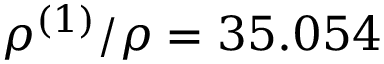
\rho ^ { ( 1 ) } / \rho = 3 5 . 0 5 4